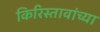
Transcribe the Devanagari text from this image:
किरिस्तावांच्या